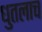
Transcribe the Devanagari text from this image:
धुतलाच